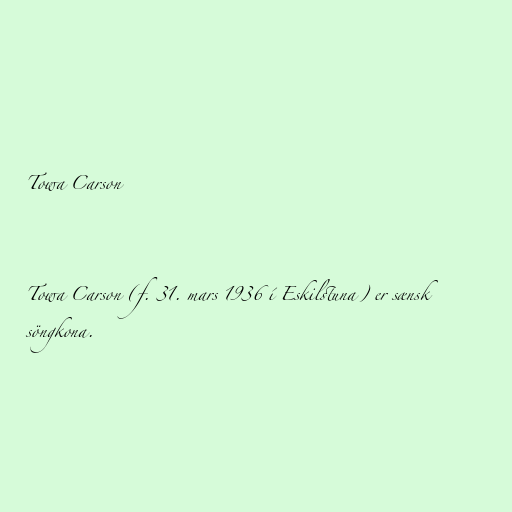
Towa Carson

Towa Carson (f. 31. mars 1936 í Eskilstuna) er sænsk
söngkona.